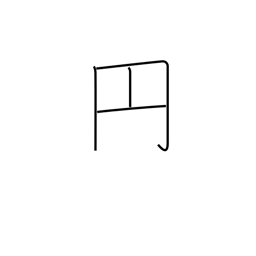
Meaning: round